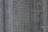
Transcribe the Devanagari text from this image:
ॲर्डर